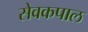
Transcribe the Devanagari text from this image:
सेवकपाल